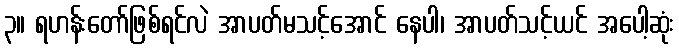
၃။ ရဟန်းတော်ဖြစ်ရင်လဲ အာပတ်မသင့်အောင် နေပါ၊ အာပတ်သင့်ယင် အပေါ့ဆုံး